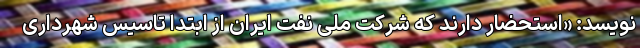
نویسد: «استحضار دارند که شرکت ملی نفت ایران از ابتدا تاسیس شهرداری